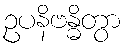
ဥပနိဗန္ဓိတွာ